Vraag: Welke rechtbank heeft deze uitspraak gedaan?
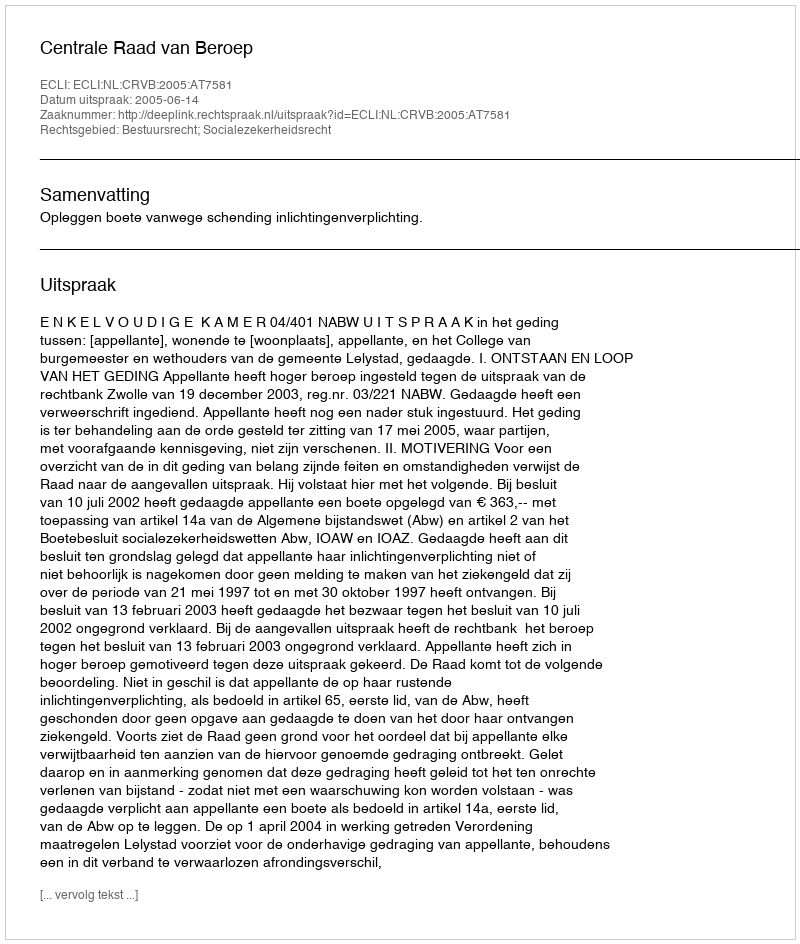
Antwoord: Centrale Raad van Beroep